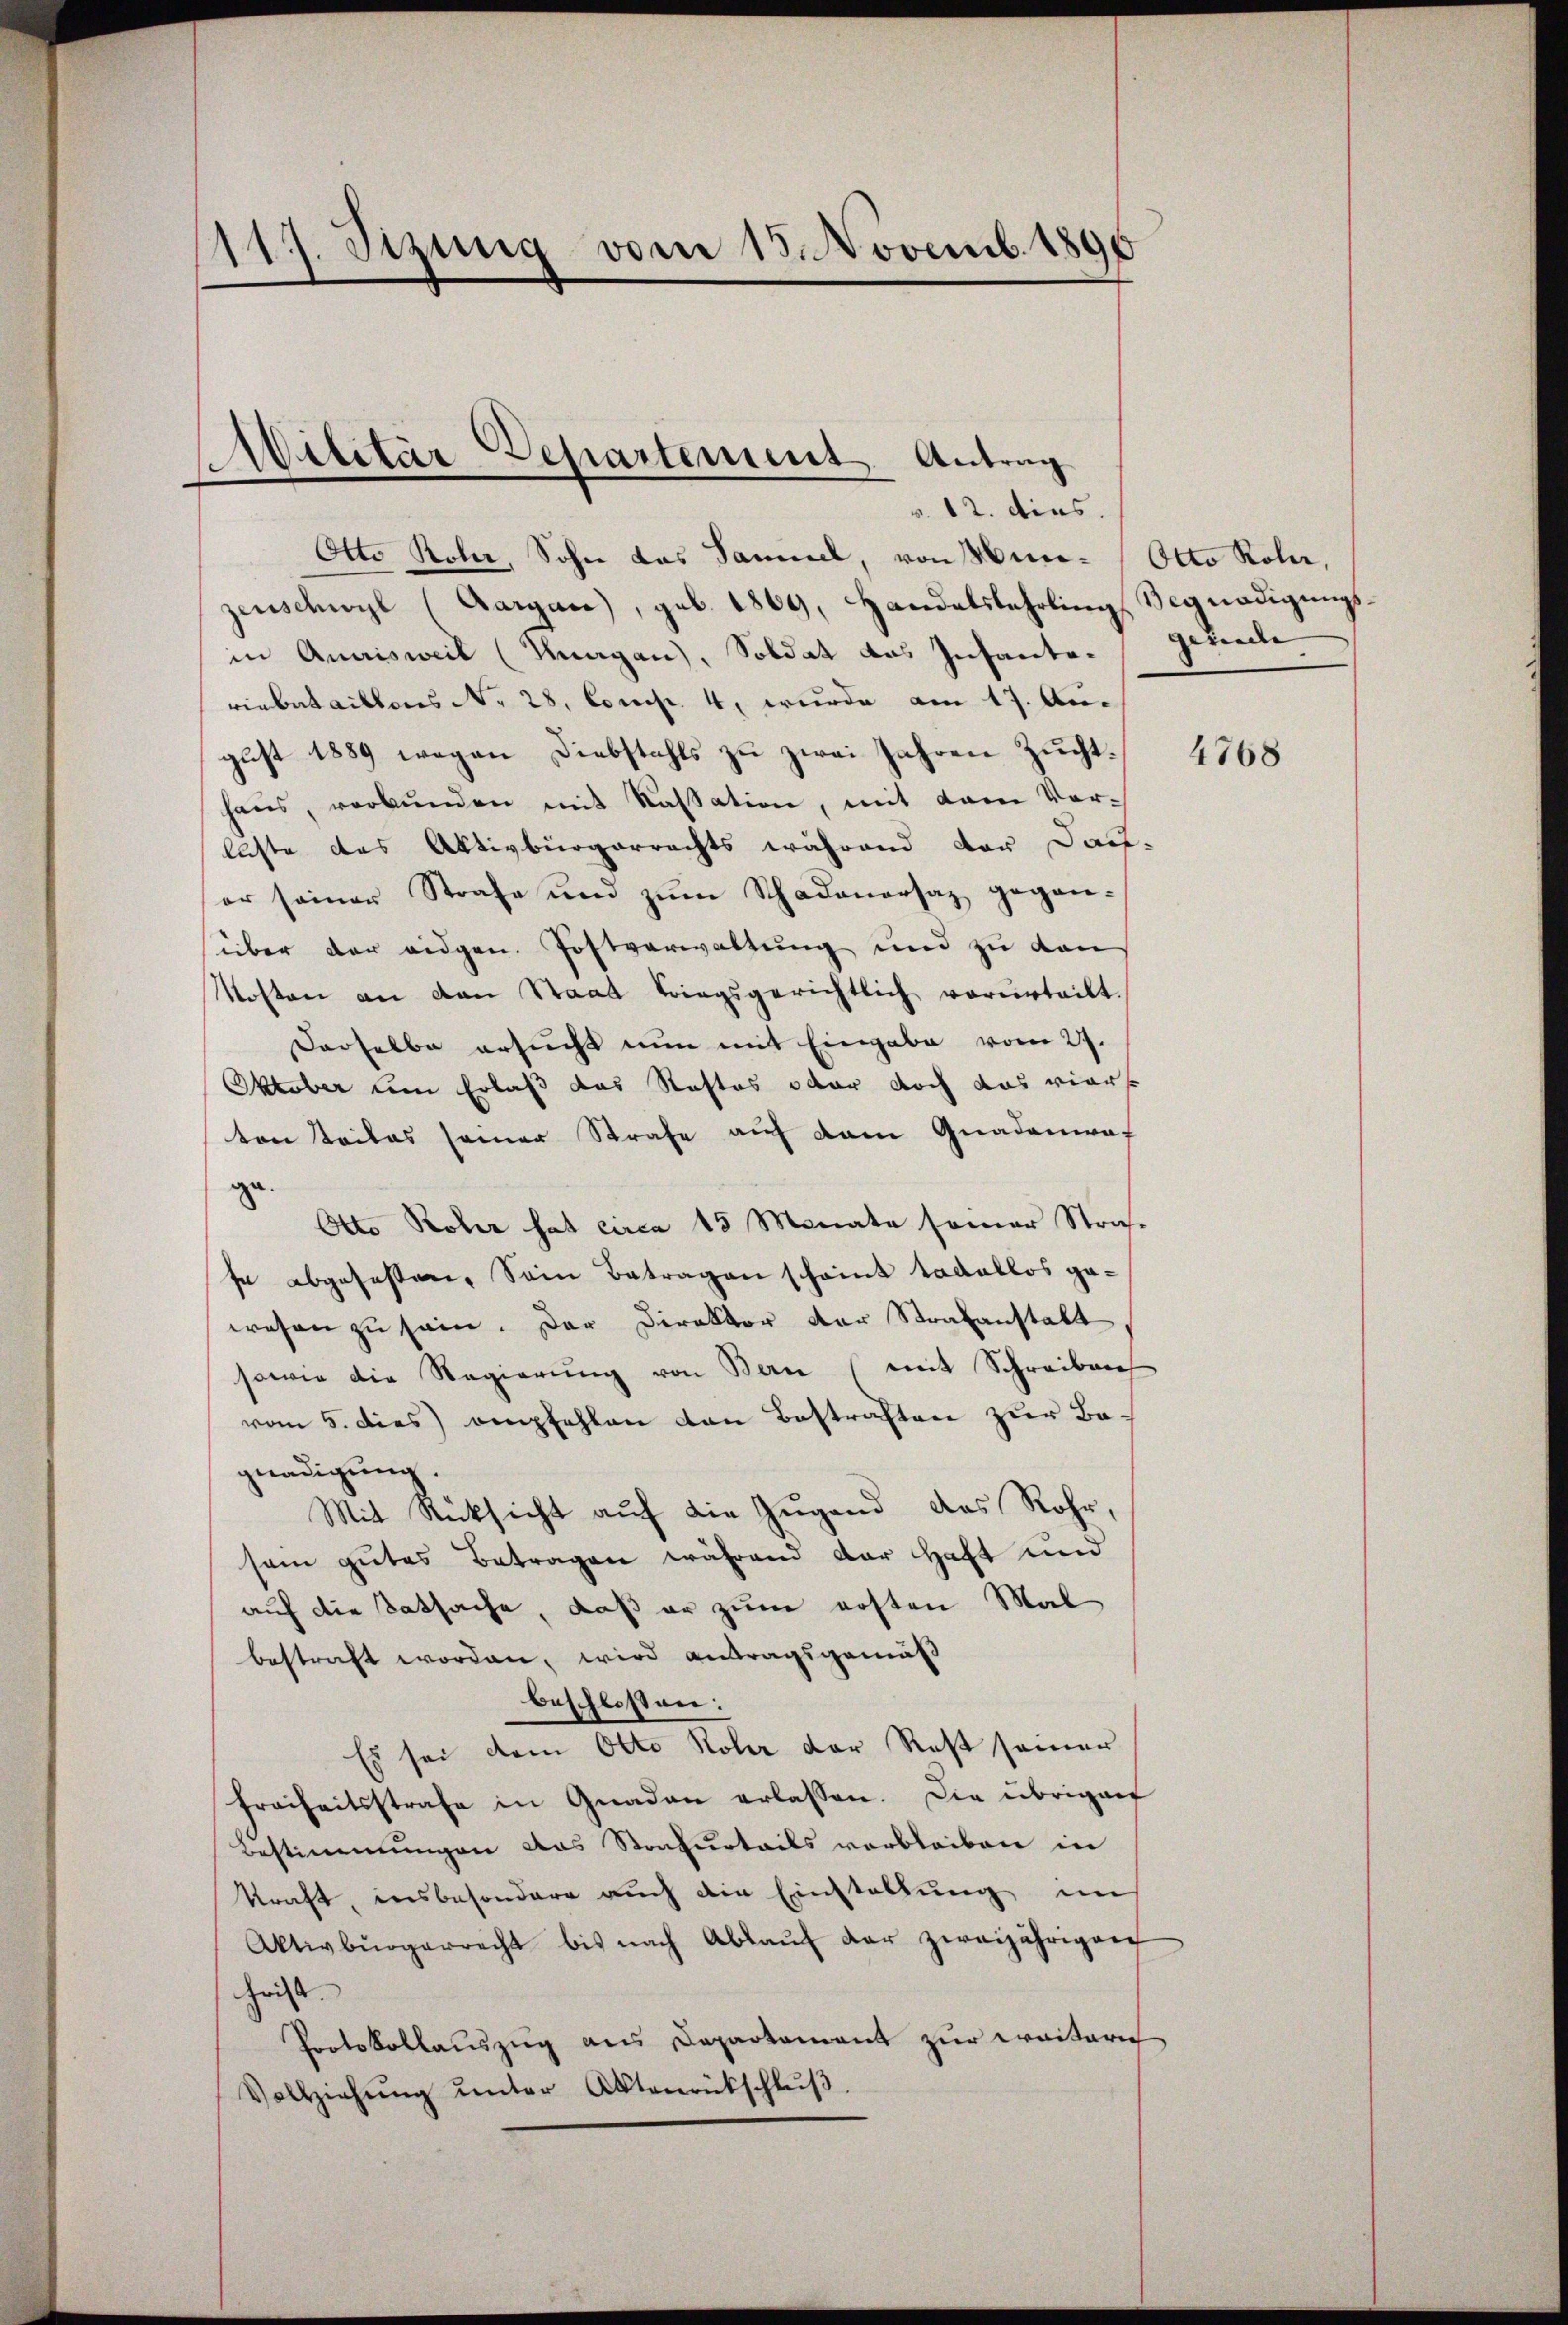
117. Sizung vom 13. Novemb. 1890

Militär Departement. Antrag

v. 12. dies.
Otto Rober, Sohn das Samuel, von Mun-Otto Rola,
zenschwyl (Aargare), geb. 1869, Handelslehrling, Begnadigungsin Quaisweil (Knagan), Soldat das Insante. Gereche
einbataillons No 28. Comp. 4, wurde am 17. August 1889 wegen Diebstahls zu zwei Jahren Zuchthaŭs, verbŭnden mit Kassation, mit dem Ver-
luste das Aktivbürgerrechts während der Dauer seiner Strafe und zŭm Schadenarsaz gegan-
süber der eidgen. Postverwaltung und zu den
Mosten an den Staat triegsgerichtlich vorurteilt.
Derselbe ersucht nun mit Eingabe vom 27.
Oktober um Erlaß das Stattes oder doch das vierse
ten teiles seiner Strafe auf dem Gnadenwaf
gr. Rober hat circa 13 Monate seiner Stra-
se abgesessen, Sein Betragen scheint tadellos gewesen zu sein. Der Direktor der Strafanstalt
sowie die Regierŭng von Bern (mit Schreiben
vom 5. dies empfehlen den Bestraften zur Be-
gnadigung.
Mit Rücksicht auf die Jugend das Rohr,
sam gutes Betragen während der Haft und
auf die Tatsache, daß er zum ersten Mal
bestraft worden, wird antragsgemäß
beschlossen:
Es sei dem Otto Rober der Rest seiner
Freiheitsstrafe in Gnaden erlassen. Die übrigen
Bestimmungen das Strafurtails verbleiben in
kraft, insbesondere auch die Einstaltung im
Aktivbürgerrecht bis nach Ablaŭf der zweijährigen
hrist
Protokollauszug aus Departement zur weiterich
Vollziehŭng ŭnter Aktenrückschlŭβ

4768